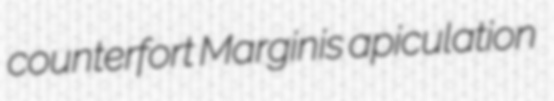
counterfort Marginis apiculation